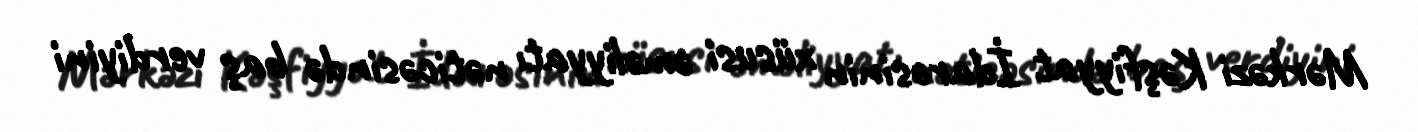
Mərkəzi Kəşfiyyat İdarəsinin xüsusi əməliyyatı nəticəsində baş verdiyini